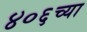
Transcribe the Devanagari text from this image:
४०६च्या